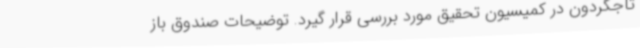
تاجگردون در کمیسیون تحقیق مورد بررسی قرار گیرد. توضیحات صندوق باز